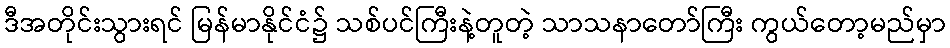
ဒီအတိုင်းသွားရင် မြန်မာနိုင်ငံ၌ သစ်ပင်ကြီးနဲ့တူတဲ့ သာသနာတော်ကြီး ကွယ်တော့မည်မှာ